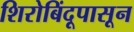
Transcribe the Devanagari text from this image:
शिरोबिंदूपासून